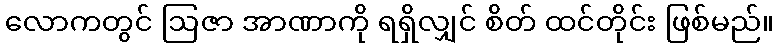
လောကတွင် ဩဇာ အာဏာကို ရရှိလျှင် စိတ် ထင်တိုင်း ဖြစ်မည်။